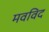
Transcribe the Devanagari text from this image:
मवविद